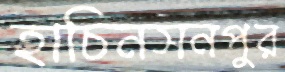
হাচিনসনপুর